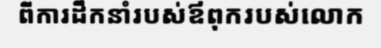
ពីការដឹកនាំរបស់ឪពុករបស់លោក